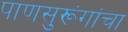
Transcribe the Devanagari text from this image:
पाणसुरूंगांचा